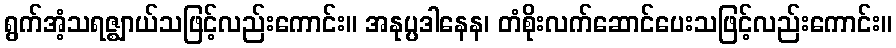
ရွက်အံ့သရဇ္ဈာယ်သဖြင့်လည်းကောင်း။ အနုပ္ပဒါနေန၊ တံစိုးလက်ဆောင်ပေးသဖြင့်လည်းကောင်း။